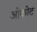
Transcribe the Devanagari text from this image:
ओकोट